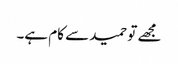
مجھے تو حمید سے کام ہے۔